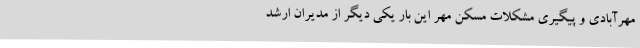
مهرآبادی و پیگیری مشکلات مسکن مهر این بار یکی دیگر از مدیران ارشد